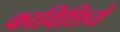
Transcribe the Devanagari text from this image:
काविशिये